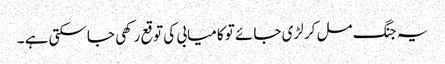
یہ جنگ مل کر لڑی جائے تو کامیابی کی توقع رکھی جاسکتی ہے ۔